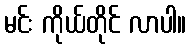
မင်း ကိုယ်တိုင် လာပါ။